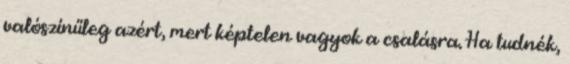
valószínűleg azért, mert képtelen vagyok a csalásra. Ha tudnék,